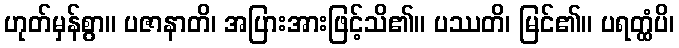
ဟုတ်မှန်စွာ။ ပဇာနာတိ၊ အပြားအားဖြင့်သိ၏။ ပဿတိ၊ မြင်၏။ ပရတ္ထံပိ၊